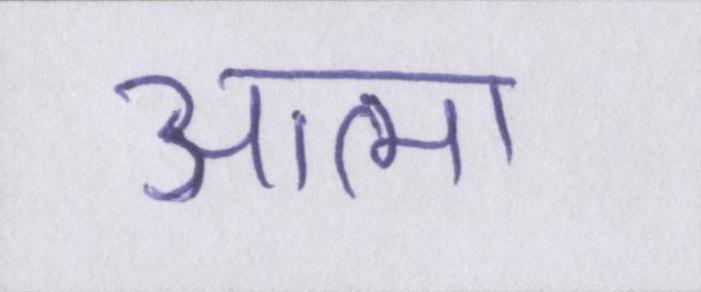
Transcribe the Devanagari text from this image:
आत्मा